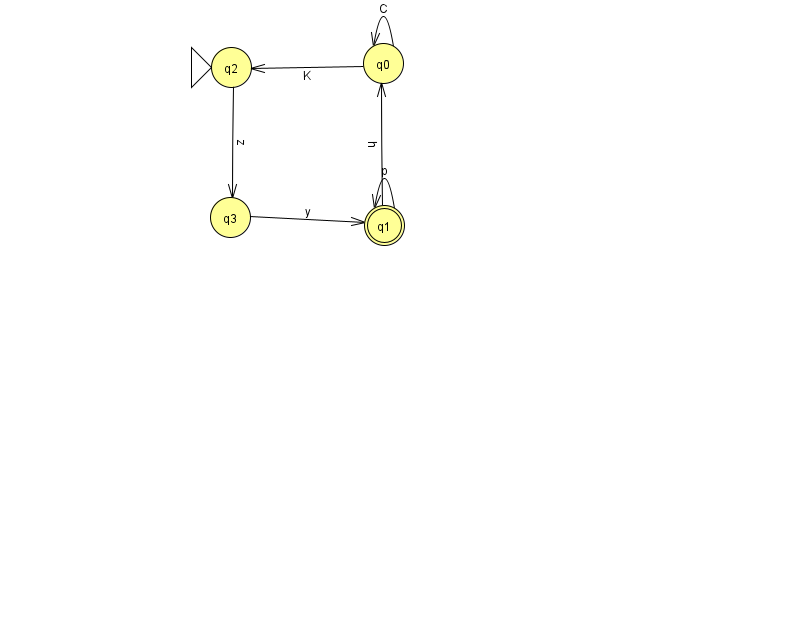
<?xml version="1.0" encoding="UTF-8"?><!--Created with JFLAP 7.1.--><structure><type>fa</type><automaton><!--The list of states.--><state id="0" name="q0"><x>383.0</x><y>50.0</y></state><state id="1" name="q1"><x>384.0</x><y>212.0</y><final/></state><state id="2" name="q2"><x>231.0</x><y>54.0</y><initial/></state><state id="3" name="q3"><x>230.0</x><y>204.0</y></state><!--The list of transitions.--><transition><from>0</from><to>2</to><read>K</read></transition><transition><from>1</from><to>1</to><read>p</read></transition><transition><from>1</from><to>0</to><read>h</read></transition><transition><from>0</from><to>0</to><read>C</read></transition><transition><from>3</from><to>1</to><read>y</read></transition><transition><from>2</from><to>3</to><read>z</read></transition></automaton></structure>